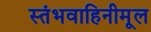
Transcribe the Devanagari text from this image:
स्तंभवाहिनीमूल